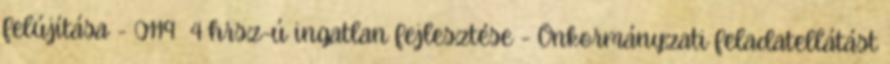
felújítása - 0119 4 hrsz-ú ingatlan fejlesztése - Önkormányzati feladatellátást